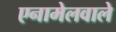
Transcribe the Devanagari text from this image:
एनामेलवाले